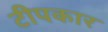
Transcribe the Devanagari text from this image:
टीपकार